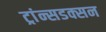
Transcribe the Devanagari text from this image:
ट्रांन्सडक्सन